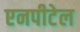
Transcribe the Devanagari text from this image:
एनपीटेल